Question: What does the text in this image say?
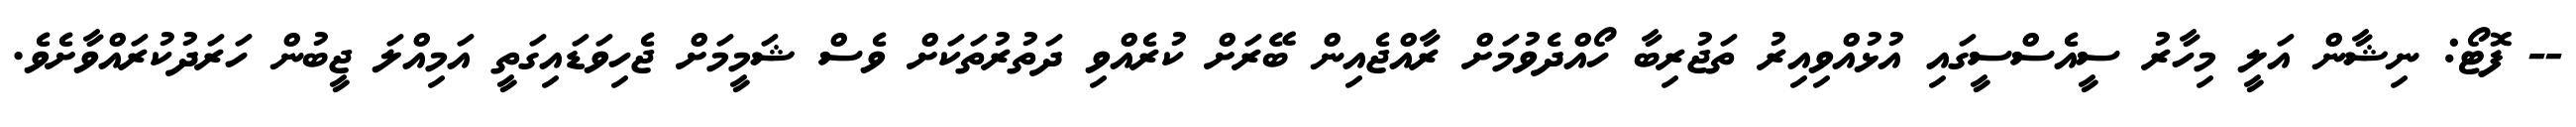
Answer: -- ފޮޓޯ: ނިޝާން އަލީ މިހާރު ސީއެސްސީގައި އުޅުއްވިއިރު ތަޖުރިބާ ހޯއްދެވުމަށް ރާއްޖެއިން ބޭރަށް ކުރެއްވި ދަތުރުތަކަށް ވެސް ޝަމީމަށް ޖެހިވަޑައިގަތީ އަމިއްލަ ޖީބުން ހަރަދުކުރައްވާށެވެ.